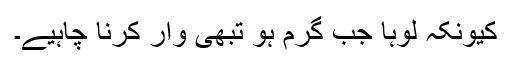
کیونکہ لوہا جب گرم ہو تبھی وار کرنا چاہیے۔